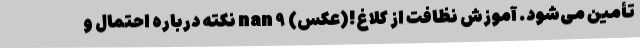
تأمین می‌شود. آموزش نظافت از کلاغ!(عکس) nan ۹ نکته درباره احتمال و